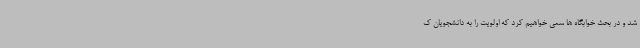
شد و در بحث خوابگاه ها سعی خواهیم کرد که اولویت را به دانشجویان ک